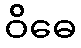
ဝိဓေ